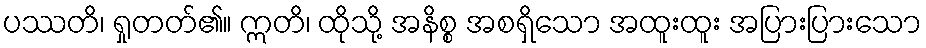
ပဿတိ၊ ရှုတတ်၏။ ဣတိ၊ ထိုသို့ အနိစ္စ အစရှိသော အထူးထူး အပြားပြားသော